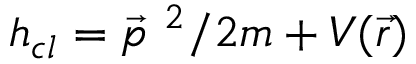
h _ { c l } = \vec { p } ^ { ~ 2 } / 2 m + V ( \vec { r } )